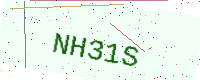
Text: NH31S